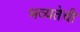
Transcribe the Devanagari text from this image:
भव्यतेची